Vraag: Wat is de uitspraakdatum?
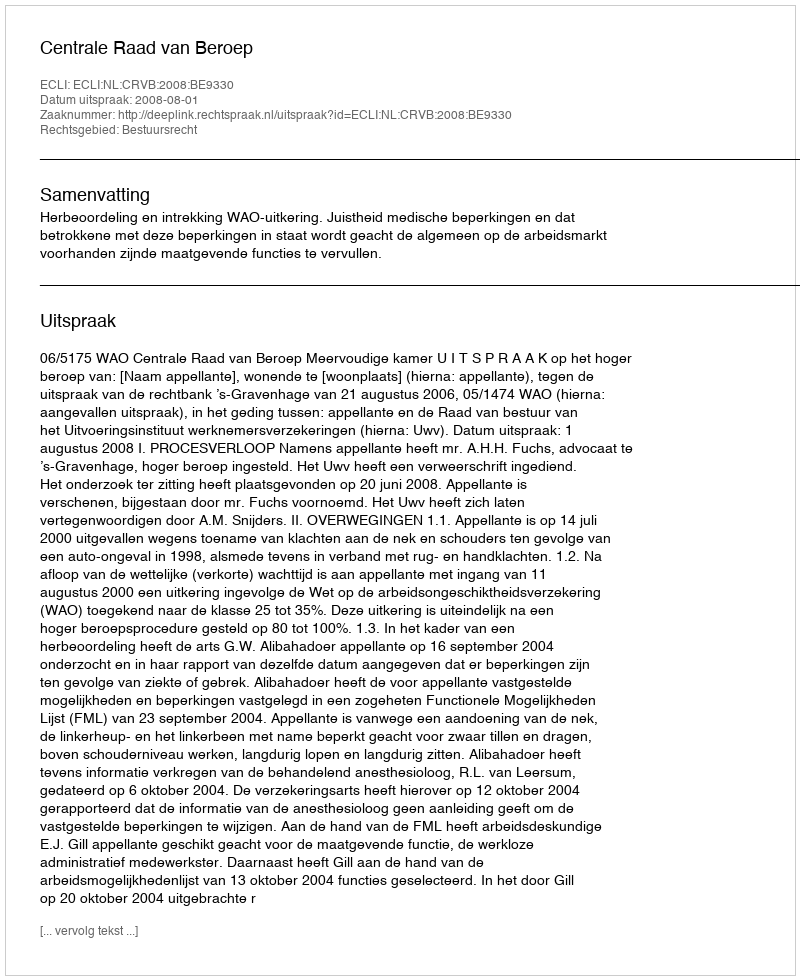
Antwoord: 2008-08-01